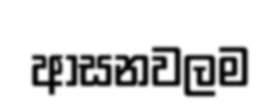
ආසනවලම